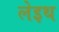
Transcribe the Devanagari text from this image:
लेइथ